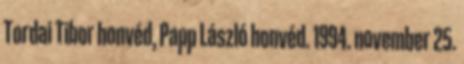
Tordai Tibor honvéd, Papp László honvéd. 1994. november 25.